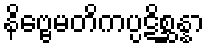
နိဗ္ဗေမတိကပ္ပဋိစ္ဆန္နာ